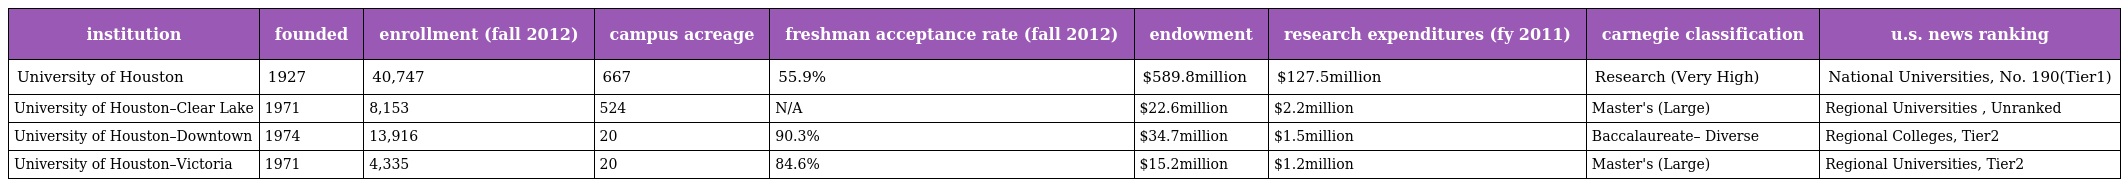
| institution | founded | enrollment (fall 2012) | campus acreage | freshman acceptance rate (fall 2012) | endowment | research expenditures (fy 2011) | carnegie classification | u.s. news ranking |
 | --- | --- | --- | --- | --- | --- | --- | --- | --- |
 | University of Houston | 1927 | 40,747 | 667 | 55.9% | $589.8million | $127.5million | Research (Very High) | National Universities, No. 190(Tier1) |
 | University of Houston–Clear Lake | 1971 | 8,153 | 524 | N/A | $22.6million | $2.2million | Master's (Large) | Regional Universities , Unranked |
 | University of Houston–Downtown | 1974 | 13,916 | 20 | 90.3% | $34.7million | $1.5million | Baccalaureate– Diverse | Regional Colleges, Tier2 |
 | University of Houston–Victoria | 1971 | 4,335 | 20 | 84.6% | $15.2million | $1.2million | Master's (Large) | Regional Universities, Tier2 |